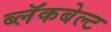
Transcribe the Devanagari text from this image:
ब्लॅकबेल्ट